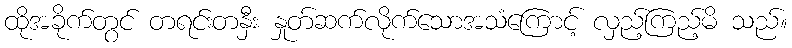
ထိုအခိုက်တွင် တရင်းတနှီး နှုတ်ဆက်လိုက်သောအသံကြောင့် လှည့်ကြည့်မိ သည်။